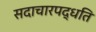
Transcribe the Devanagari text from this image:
सदाचारपद्धति